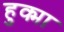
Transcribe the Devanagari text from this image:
हुक्मा